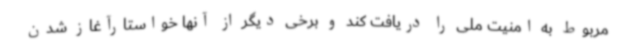
مربوط به امنیت ملی را دریافت کند و برخی دیگر از آنها خواستارآغاز شدن